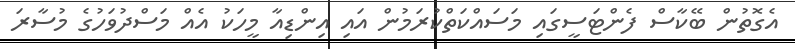
އެގޮތުން ބޭކާސް ފެންޓަސީގައި މަސައްކަތްކުރަމުން އައި އިންޑިއާ މީހަކު އެއް މަސްދުވަހުގެ މުސާރަ